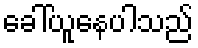
ခေါ်ယူနေပါသည်